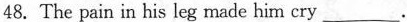
48.The pain in his leg made him cry___.